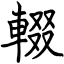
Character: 輟